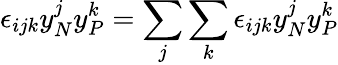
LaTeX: \epsilon_{ijk}y_{N}^{j}y_{P}^{k}=\sum_{j}\sum_{k}\epsilon_{ijk}y_{N}^{j}y_{P}^{k}